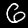
Label: 6